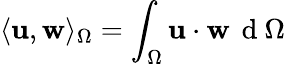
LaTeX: \langle{\mathbf u},{\mathbf w}\rangle_{\Omega}=\int_{\Omega}{\mathbf u}\cdot{\mathbf w}\, \mathrm{~d~}\Omega